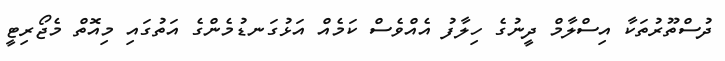
ދުސްތޫރުތަކާ އިސްލާމް ދީނުގެ ހިލާފު އެއްވެސް ކަމެއް އަޅުގަނޑުމެންގެ އަތުގައި މިއޮތް މެޖޯރިޓީ